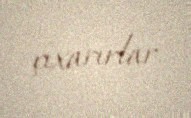
çıxarırlar.